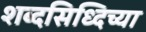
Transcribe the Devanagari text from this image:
शब्दसिध्दिच्या